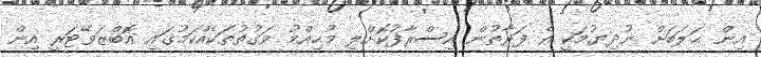
އިން ޙަލަބަށް ނުދިޔުމަކީ އެ ފަރާތުން އިސްރާފުކޮށްލި މުޙިއްމު ވަގުތުތަކެއްކަމުގައި އޮބްޒަވޭޓަރީ އިން